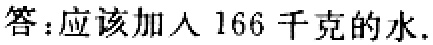
答：应该加入 166 千克的水.